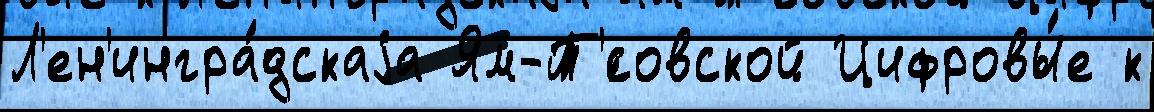
Л'ен'ингра́дскаjа Ям-Т'́совской Цифровы́е к